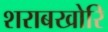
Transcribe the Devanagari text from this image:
शराबखोरि